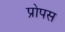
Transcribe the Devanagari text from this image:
प्रोपस